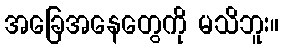
အခြေအနေတွေကို မသိဘူး။